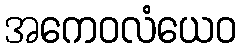
အကေဝလံယေဝ